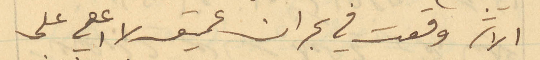
الاثر وقعت في بحران عميق لا اعي على